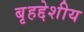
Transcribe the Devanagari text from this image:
बृहद्देशीय